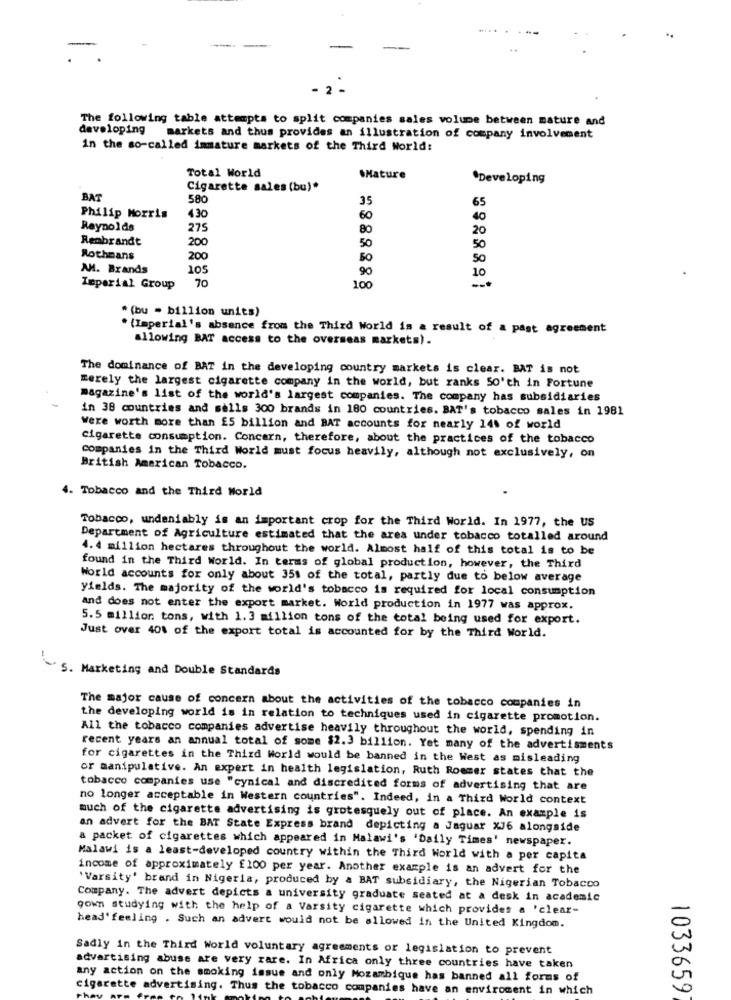
-
--
.2
The following table attempts to split companies sales volume between mature and
developing
markets and thus provides an illustration of company involvement
in the so-called immature markets of the Third World:
Total World
.Mature
.Developing
Cigarette sales (bu)*
BAT
580
35
65
Philip Morris
430
60
40
Reynolds
275
80
20
Rembrandt
200
50
50
Rothmans
200
50
AH. Brands
105
90
10
70
Imperial Group
100
* (bu - billion units)
. (Imperial's absence from the Third World is a result of a past agreement
allowing BAT access to the overseas markets).
The dominance of BAT in the developing country markets is clear. BAT is not
merely the largest cigarette company in the world, but ranks So'th in Fortune
magazine's list of the world's largest companies. The company has subsidiaries
in 38 countries and sells 300 brands in 180 countries. BAT's tobacco sales in 1981
Were worth more than £5 billion and BAT accounts for nearly 14% of world
Cigarette consumption. Concern, therefore, about the practices of the tobacco
companies in the Third World must focus heavily, although not exclusively, on
British American Tobacco.
4. Tobacco and the Third World
Tobacco, undeniably is an important crop for the Third World. In 1977, the US
Department of Agriculture estimated that the area under tobacco totalled around
4. 4 million hectares throughout the world. Almost half of this total is to be
found in the Third World. In terms of global production, however, the Third
World accounts for only about 351 of the total, partly due to below average
yields. The majority of the world's tobacco is required for local consumption
and does not enter the export market. World production in 1977 was approx.
5.5 million tons, with 1.3 million tons of the total being used for export.
Just over 40% of the export total is accounted for by the Third World.
S. Marketing and Double Standards
The major cause of concern about the activities of the tobacco companies in
the developing world is in relation to techniques used in cigarette promotion.
All the tobacco companies advertise heavily throughout the world, spending in
recent years an annual total of some $2.3 billion. Yet many of the advertisments
for cigarettes in the Third World would be banned in the West as misleading
or manipulative. An expert in health legislation, Ruth Rommer states that the
tobacco companies use "cynical and discredited forms of advertising that are
no longer acceptable in Western countries". Indeed, in a Third World context
much of the cigarette advertising is grotesquely out of place. An example is
an advert for the BAT State Express brand depicting a Jaguar XJ6 alongside
a packet of cigarettes which appeared in Malawi's 'Daily Times' newspaper.
Malawi is a least-developed country within the Third World with a per capita
income of approximately £100 per year. Another example is an advert for the
'Varsity' brand in Nigeria, produced by a BAT subsidiary, the Nigerian Tobacco
Company. The advert depicts a university graduate seated at a desk in academic
gown studying with the help of a Varsity cigarette which provides a 'clear-
head' feeling . Such an advert would not be allowed in the United Kingdom.
Sadly in the Third World voluntary agreements or legislation to prevent
advertising abuse are very rare. In Africa only three countries have taken
any action on the smoking issue and only Mozambique has banned all forms of
cigarette advertising. Thus the tobacco companies have an enviroment in which
1033659